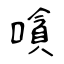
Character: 嗿